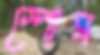
স্পোর